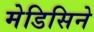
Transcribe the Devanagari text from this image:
मेडिसिने